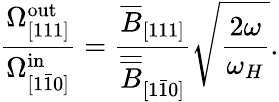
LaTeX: \frac{\Omega_{[111]}^{\mathrm{out}}}{\Omega_{[1\bar{1}0]}^{\mathrm{in}}}=\frac{\overline{{B}}_{[111]}}{\overline{{\overline{{B}}}}_{[1\bar{1}0]}}\sqrt{\frac{2\omega}{\omega_{H}}}.